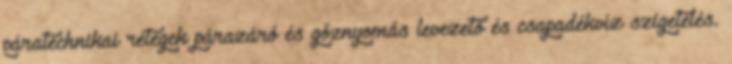
páratechnikai rétegek párazáró és gőznyomás levezető és csapadékvíz szigetelés.